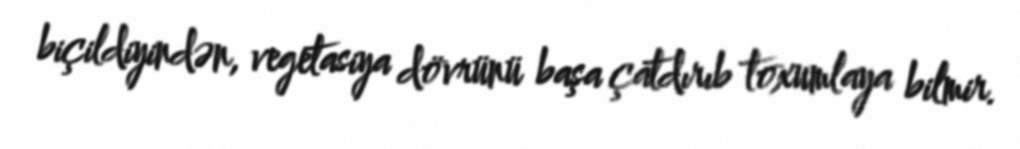
biçildiyindən, vegetasiya dövrünü başa çatdırıb toxumlaya bilmir.